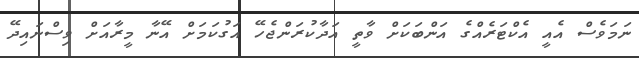
ނަމަވެސް އެއީ އެކްޓަރެއްގެ އަންބަކަށް ވާތީ އަދާކުރަންޖެހޭ އަގުކަމަށް އޭނާ މީރާއަށް ވިސްނައިދޭ